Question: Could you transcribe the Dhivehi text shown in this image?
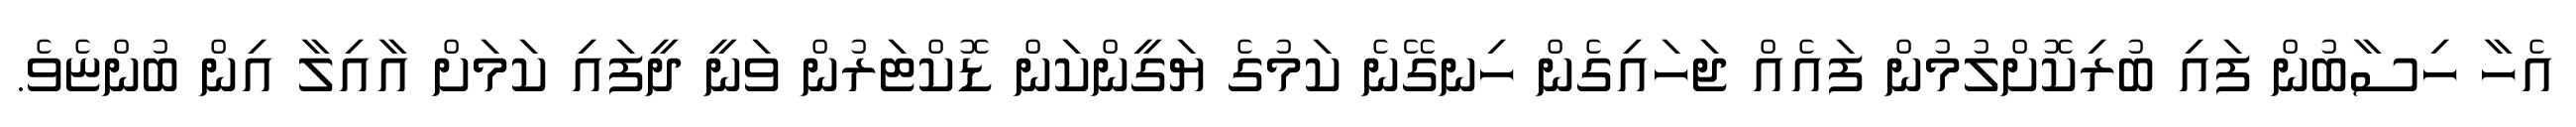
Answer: އެހާ ހިސާބުން ފައި ބުރިކޮށްލުމުން ފައެއް ޖަހައިގެން ހިނގޭނެ ކަމުގެ ޔަގީންކަން ޑޮކްޓަރުން ވަނީ ދީފައި ކަމަށް އާއިލާ އިން ބުންޏެވެ.